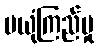
မယုံကြည်မှု